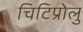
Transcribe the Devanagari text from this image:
चिटिप्रोलु